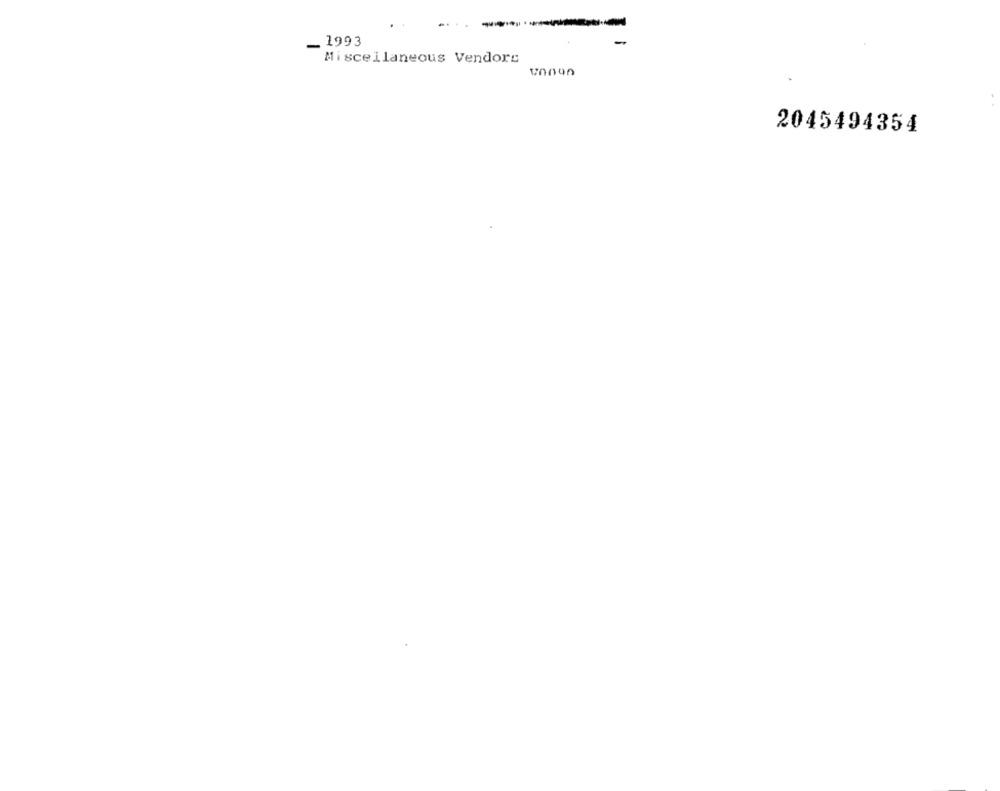
1993
-
Miscellaneous Vendors
VOUUA
2045494354